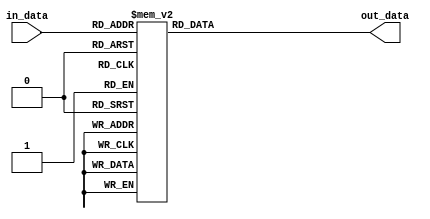
`timescale 1ns / 100ps // time-unit = 1 ns, precision = 100 ps

module decoder #(parameter n=4)(
    input [n - 1 : 0] in_data,
    output [2 ** n - 1 : 0] out_data
    );
	 
	 reg [2 ** n - 1 : 0] tmp_reg;
	 
	 always@*
		case(in_data)
			4'h0 : tmp_reg <= 16'h0001;
			4'h1 : tmp_reg <= 16'h0002;
			4'h2 : tmp_reg <= 16'h0004;
			4'h3 : tmp_reg <= 16'h0008;
			4'h4 : tmp_reg <= 16'h0010;
			4'h5 : tmp_reg <= 16'h0020;
			4'h6 : tmp_reg <= 16'h0040;
			4'h7 : tmp_reg <= 16'h0080;
			4'h8 : tmp_reg <= 16'h0100;
			4'h9 : tmp_reg <= 16'h0200;
			4'ha : tmp_reg <= 16'h0400;
			4'hb : tmp_reg <= 16'h0800;			
			4'hc : tmp_reg <= 16'h1000;
			4'hd : tmp_reg <= 16'h2000;
			4'he : tmp_reg <= 16'h4000;
			4'hf : tmp_reg <= 16'h8000;
			endcase
		
	assign out_data = tmp_reg;

endmodule